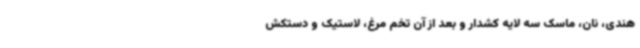
هندی، نان، ماسک سه لایه کشدار و بعد از آن تخم مرغ، لاستیک و دستکش